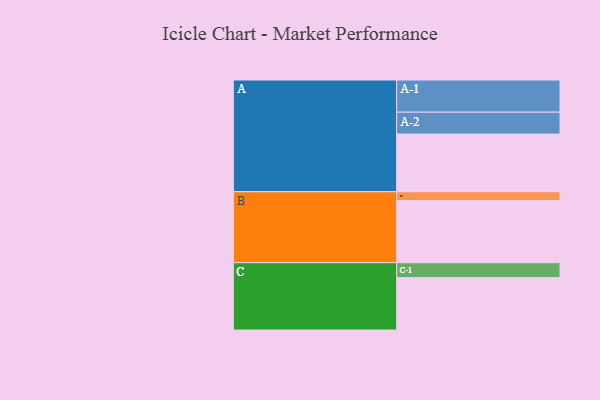
{"axis": {"x": "Segment", "y": "Value"}, "legend": ["", "A", "B", "C"], "data": [{"x": "A", "y": 348, "type": ""}, {"x": "B", "y": 375, "type": ""}, {"x": "C", "y": 316, "type": ""}, {"x": "A-1", "y": 194, "type": "A"}, {"x": "A-2", "y": 132, "type": "A"}, {"x": "B-1", "y": 53, "type": "B"}, {"x": "C-1", "y": 90, "type": "C"}]}